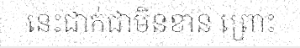
នេះជាក់ជាមិនខាន ព្រោះ